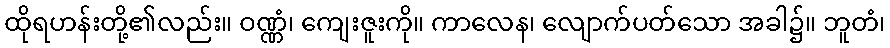
ထိုရဟန်းတို့၏လည်း။ ဝဏ္ဏံ၊ ကျေးဇူးကို။ ကာလေန၊ လျောက်ပတ်သော အခါ၌။ ဘူတံ၊